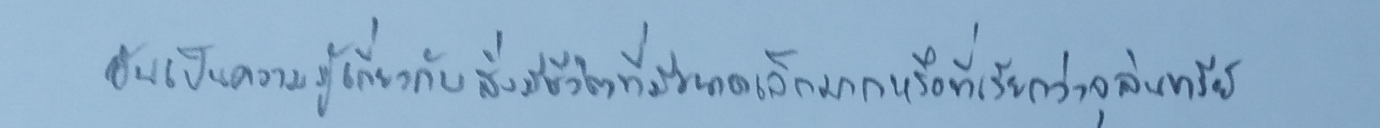
อันเป็นความรู้เกี่ยวกับสิ่งมีชีวิตที่มีขนาดเล็กมากหรือที่เรียกว่าจุลินทรีย์